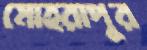
মোহরাপুর